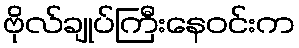
ဗိုလ်ချုပ်ကြီးနေဝင်းက